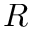
R